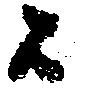
候